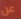
عن